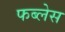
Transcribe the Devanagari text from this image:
फब्लेस